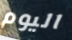
اليوم